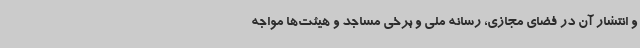
و انتشار آن در فضای مجازی، رسانه ملی و برخی مساجد و هیئت‌ها مواجه